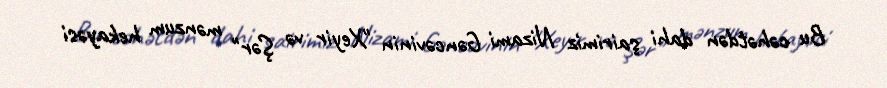
Bu cəhətdən dahi şairimiz Nizami Gəncəvinin "Xeyir və Şər" mənzum hekayəsi